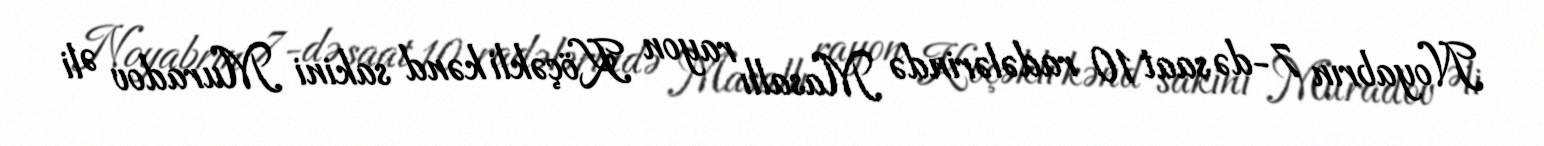
Noyabrın 7-də saat 10 radələrində Masallı rayon Köçəkli kənd sakini Muradov Əli